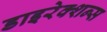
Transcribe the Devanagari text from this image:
डाइरेक्शन्स